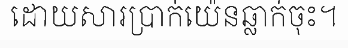
ដោយសារប្រាក់យ៉េនឆ្លាក់ចុះ។